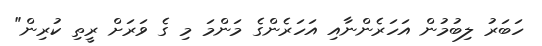
ހަބަރު ލިބުމުން އަހަރެންނާއި އަހަރެންގެ މަންމަ މި ގެ ވަރަށް ރީތި ކުރިން"